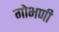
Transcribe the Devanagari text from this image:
गोभणी